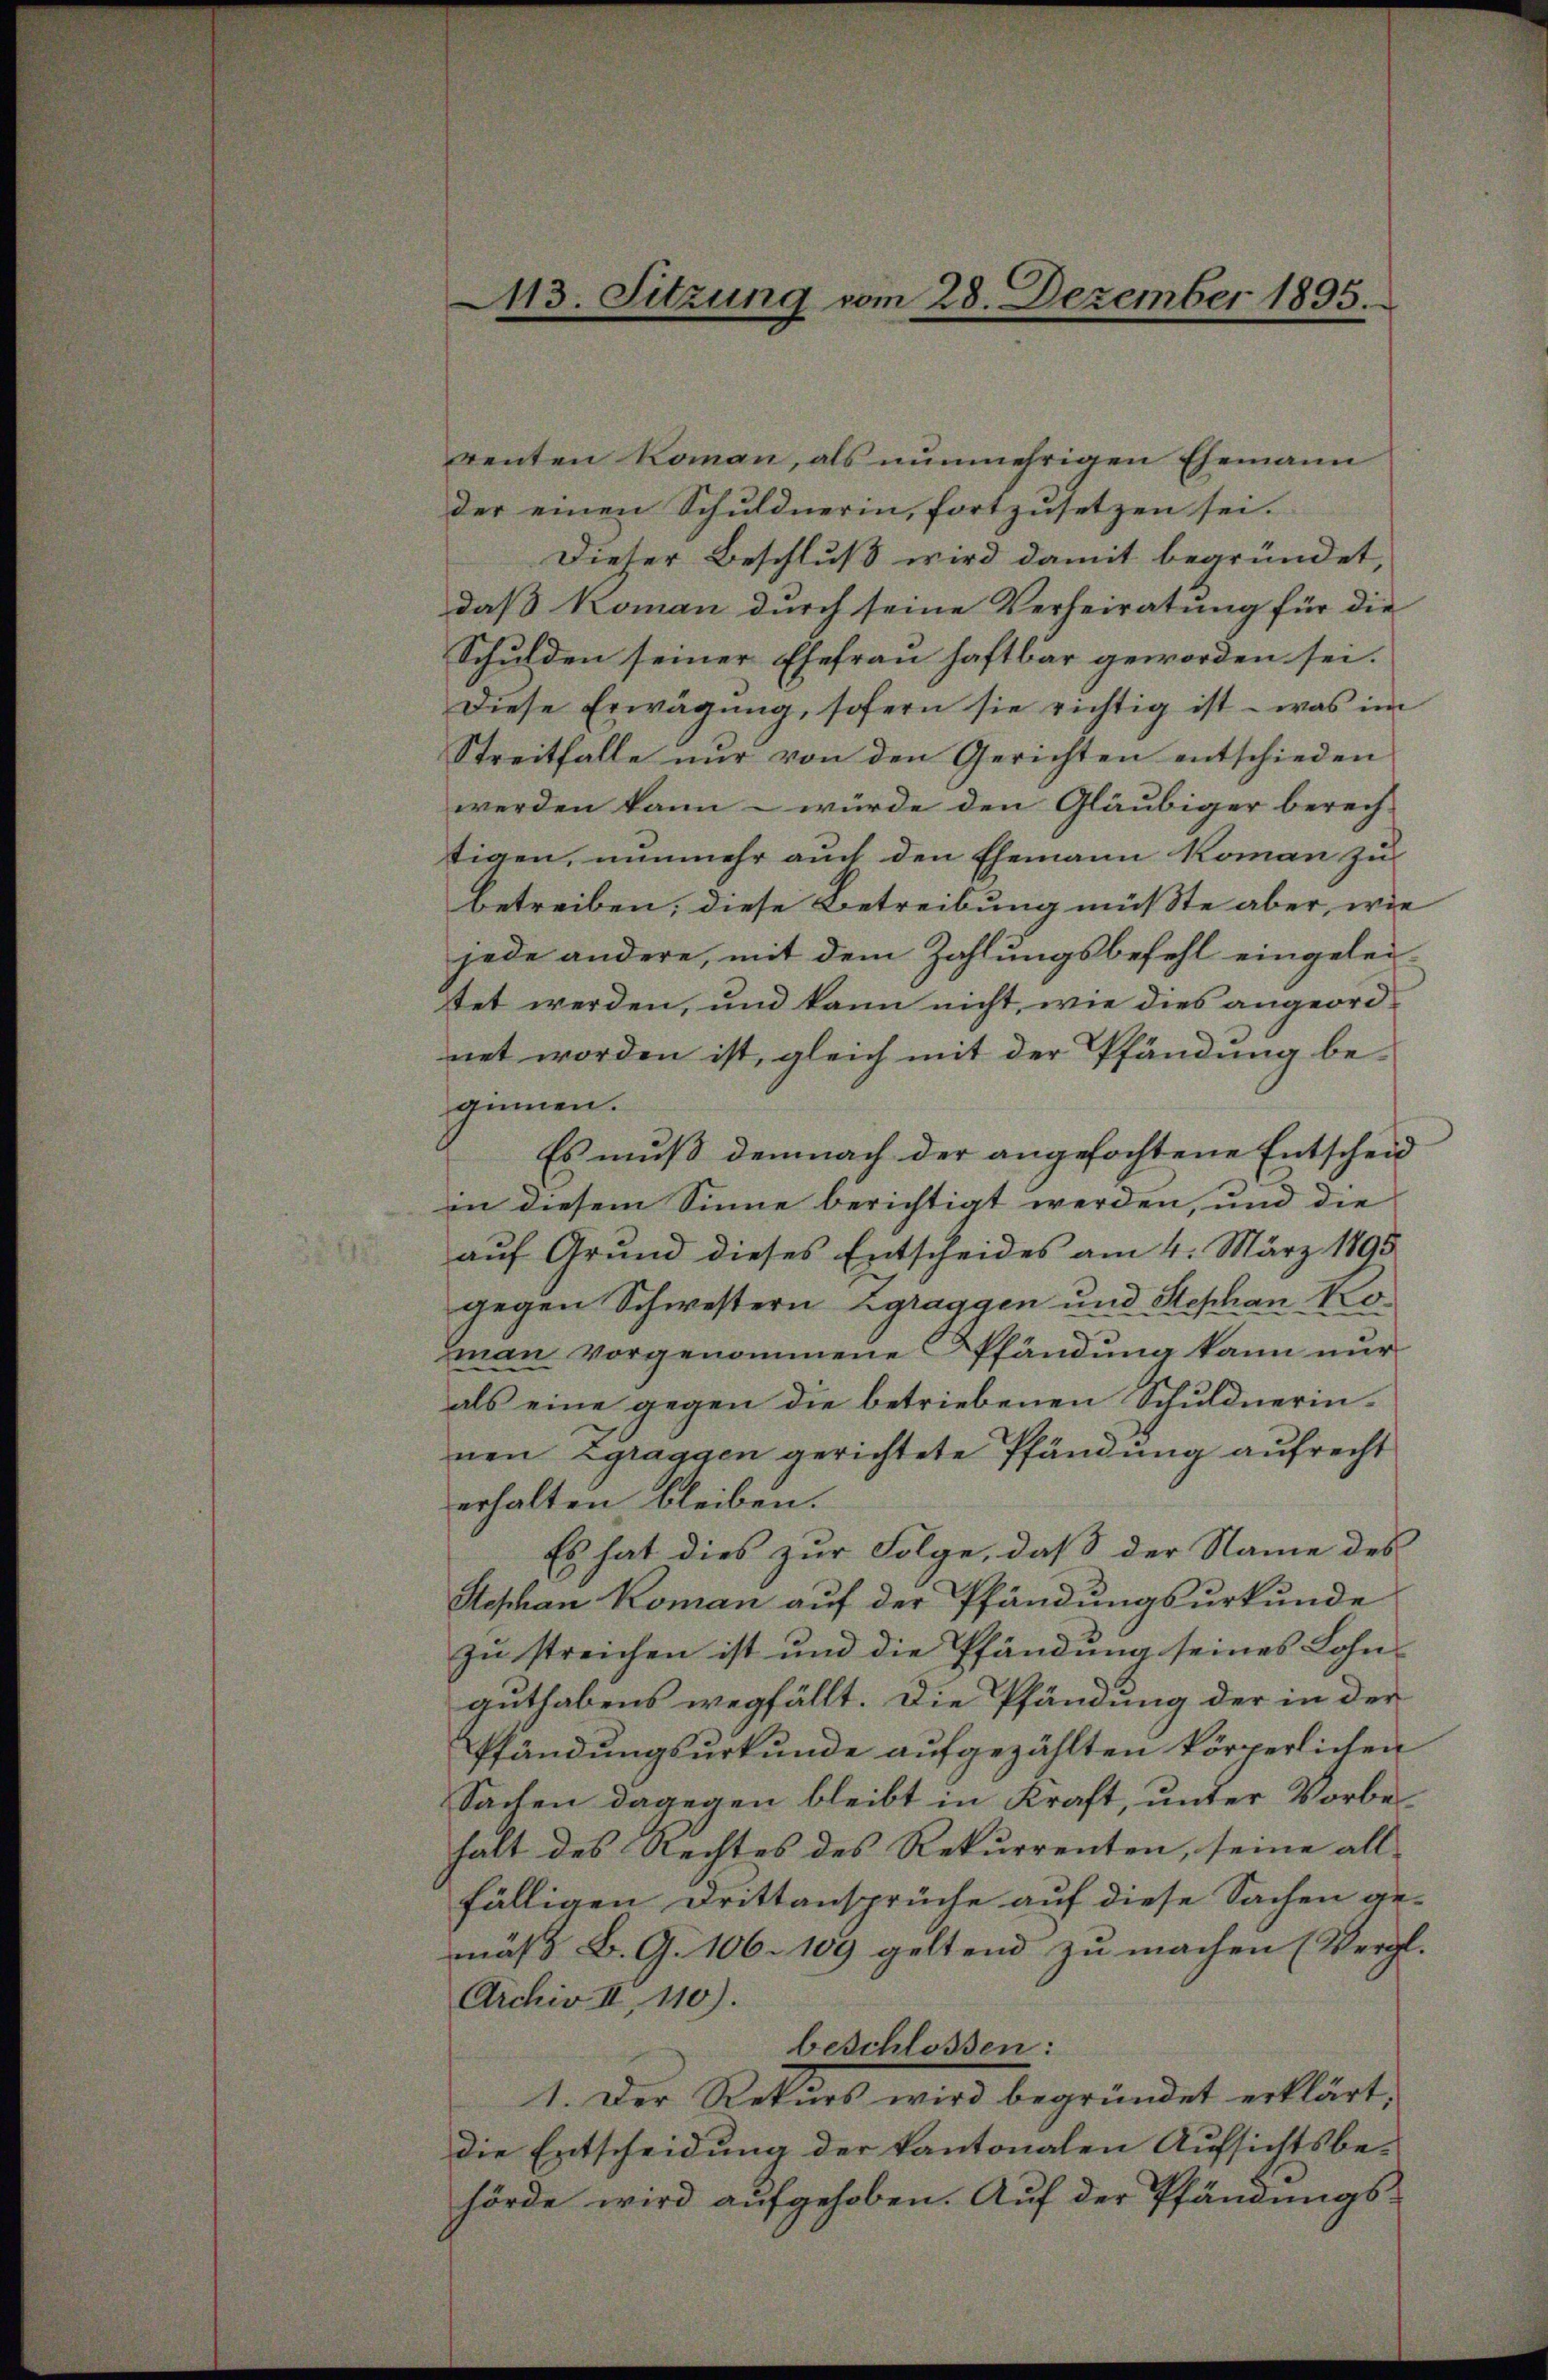
113. Sitzung vom 28. Dezember 1895.

renten Koman, als nunmehrigen Ehemann
der einen Schuldnerin, fortzusetzen sei.
Dieser Beschluß wird damit begründet,
daß Koman durch seine Verheiratung für die
Schulden seiner Ehefrau haftbar geworden sei.
Diese Erwägŭng, sofern sie richtig ist - was im
Streitfalle nŭr von den Gerichten entschieden
werden kann - würde den Gläubiger berech-
tigen, nunmehr auch den Ehemann Koman zu
betreiben, diese Betreibung müßte aber, wie
jede andere, mit dem Zahlungsbefehl eingeleitet werden, und kann nicht, wie dies angeordnet worden ist, gleich mit der Pfändung be-
ginnen.
Es muß demnach der angefochtene Entscheid
in diesem Sinne berichtigt werden, und die
auf Grund dieses Entscheides am 4. März 1895.
gegen Schwestern Zgraggen und Stephan Ko¬
Iman vorgenommene Pfändung kann nur
als eine gegen die betriebenen Schuldnerinnen Zgraggen gerichtete Pfändung aufrecht
erhalten bleiben.
Es hat dies zur Folge, daß der Name des
Stephan Koman auf der Pfändungsurkunde
zu streichen ist und die Pfändung seines Lohnauthabens wegfällt. Die Pfändung der in der
Pfändungsurkunde aufgezählten körperlichen
Sachen dagegen bleibt in Kraft, unter Vorbehalt des Rechtes des Rekurrenten, seine all-
fälligen Drittansprüche auf diese Sachen an-
maß B. G. 106. 109 geltend zu machen (Vergl.
Archiv II, 110).
beschlossen:
1. Der Rekurs wird begründet erklärt,
die Entscheidung der kantonalen Aufsichtsbe-
hörde wird aufgehoben. Auf der Pfändungs-